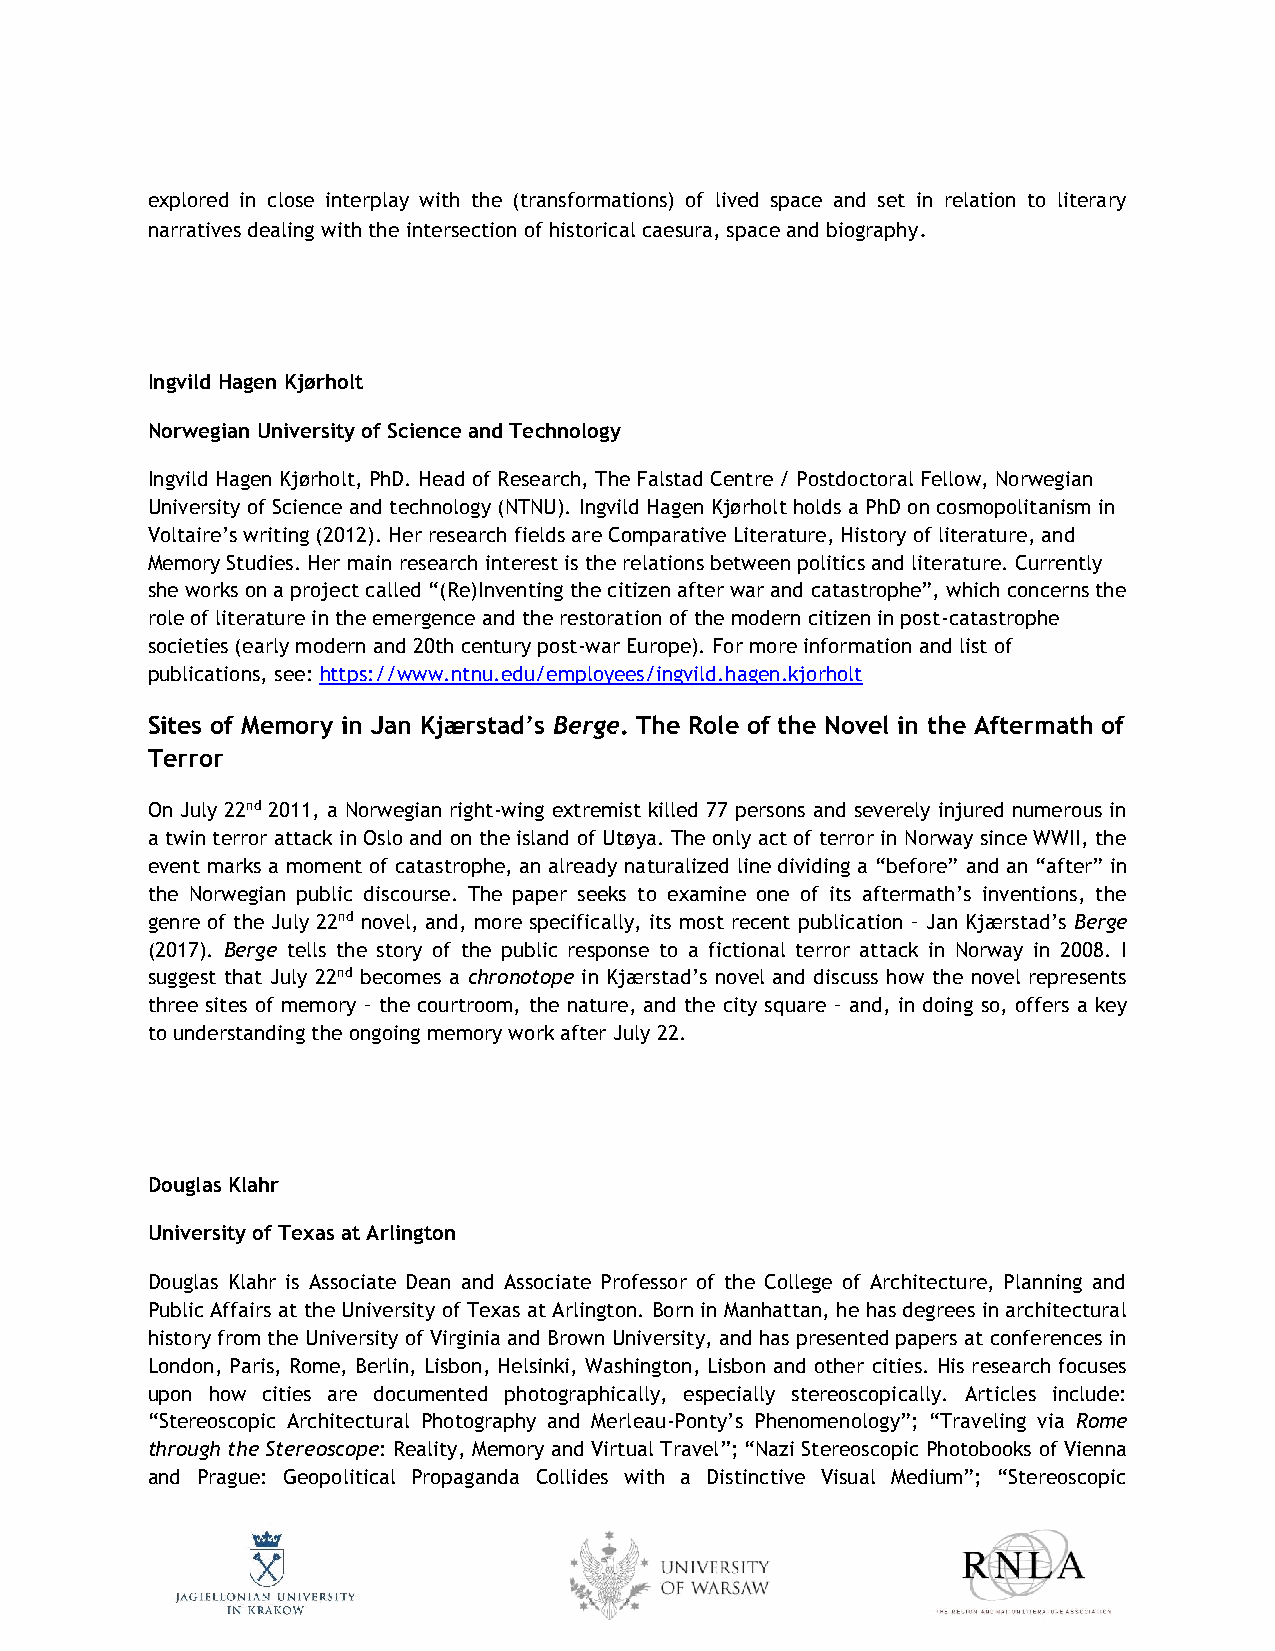
explored in close interplay with the (transformations) of lived space and set in relation to literary
 narratives dealing with the intersection of historical caesura, space and biography.
 Ingvild Hagen Kjørholt
 Norwegian University of Science and Technology
 Ingvild Hagen Kjørholt, PhD. Head of Research, The Falstad Centre / Postdoctoral Fellow, Norwegian
 University of Science and technology (NTNU). Ingvild Hagen Kjørholt holds a PhD on cosmopolitanism in
 Voltaire’s writing (2012). Her research fields are Comparative Literature, History of literature, and
 Memory Studies. Her main research interest is the relations between politics and literature. Currently
 she works on a project called “(Re)Inventing the citizen after war and catastrophe”, which concerns the
 role of literature in the emergence and the restoration of the modern citizen in post-catastrophe
 societies (early modern and 20th century post-war Europe). For more information and list of
 publications, see: https://www.ntnu.edu/employees/ingvild.hagen.kjorholt
 Sites of Memory in Jan Kjærstad’s Berge. The Role of the Novel in the Aftermath of
 Terror
 On July 22nd 2011, a Norwegian right-wing extremist killed 77 persons and severely injured numerous in
 a twin terror attack in Oslo and on the island of Utøya. The only act of terror in Norway since WWII, the
 event marks a moment of catastrophe, an already naturalized line dividing a “before” and an “after” in
 the Norwegian public discourse. The paper seeks to examine one of its aftermath’s inventions, the
 genre of the July 22nd novel, and, more specifically, its most recent publication – Jan Kjærstad’s Berge
 (2017). Berge tells the story of the public response to a fictional terror attack in Norway in 2008. I
 suggest that July 22nd becomes a chronotope in Kjærstad’s novel and discuss how the novel represents
 three sites of memory – the courtroom, the nature, and the city square – and, in doing so, offers a key
 to understanding the ongoing memory work after July 22.
 Douglas Klahr
 University of Texas at Arlington
 Douglas Klahr is Associate Dean and Associate Professor of the College of Architecture, Planning and
 Public Affairs at the University of Texas at Arlington. Born in Manhattan, he has degrees in architectural
 history from the University of Virginia and Brown University, and has presented papers at conferences in
 London, Paris, Rome, Berlin, Lisbon, Helsinki, Washington, Lisbon and other cities. His research focuses
 upon how cities are documented photographically, especially stereoscopically. Articles include:
 “Stereoscopic Architectural Photography and Merleau-Ponty’s Phenomenology”; “Traveling via Rome
 through the Stereoscope: Reality, Memory and Virtual Travel”; “Nazi Stereoscopic Photobooks of Vienna
 and Prague: Geopolitical Propaganda Collides with a Distinctive Visual Medium”; “Stereoscopic